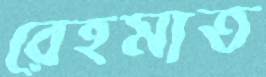
রেহমাত